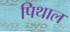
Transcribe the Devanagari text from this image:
पिथाल